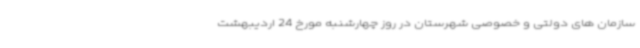
سازمان های دولتی و خصوصی شهرستان در روز چهارشنبه مورخ 24 اردیبهشت